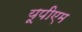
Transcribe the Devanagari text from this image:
यूपीएम